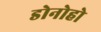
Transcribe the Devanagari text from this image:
डोनोहो